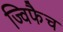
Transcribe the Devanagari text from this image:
ज्विफैच